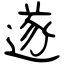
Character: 遂